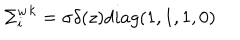
{ { \Sigma } _ { i } ^ { w } } ^ { k } = { \sigma } { \delta } ( z ) d i a g ( 1 , 1 , 1 , 0 )